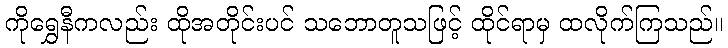
ကိုရွှေနီကလည်း ထိုအတိုင်းပင် သဘောတူသဖြင့် ထိုင်ရာမှ ထလိုက်ကြသည်။